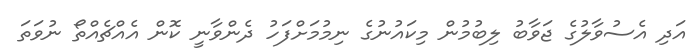
އަދި އެސުވާލުގެ ޖަވާބު ލިބުމުން މިކައުނުގެ ނިމުމަށްފަހު ދެންވާނީ ކޮން އެއްޗެއްތޯ ނުވަތަ